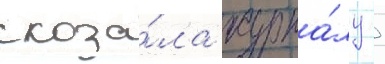
сказа́ла журна́лу